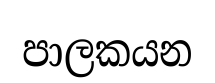
පාලකයන